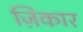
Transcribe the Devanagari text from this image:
ज़िकार